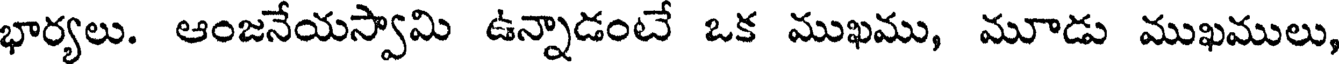
భార్యలు. ఆంజనేయస్వామి ఉన్నాడంటే ఒక ముఖము, మూడు ముఖములు,